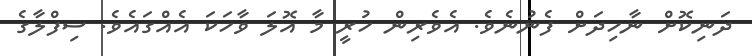
ދަނިކޮށް ނާހިދަށް ފެނުނެވެ. އެވެރިން ހުރީ މާ އޮލަ ވާހަކަ އެއްގައެވެ. ސިފްލާގެ